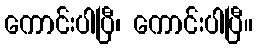
ကောင်းပါပြီ၊ ကောင်းပါပြီ။